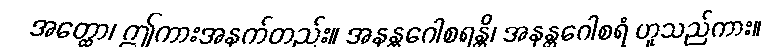
အတ္ထော၊ ဤကားအနက်တည်း။ အနန္တဂေါစရန္တိ၊ အနန္တဂေါစရံ ဟူသည်ကား။